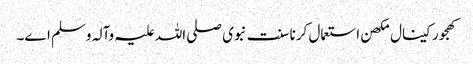
کھجور کینال مکھن استعمال کرنا سنت نبوی صلی اللہ علیہ وآلہ وسلم ا‏‏ے۔